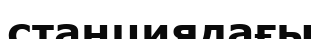
станциядағы